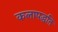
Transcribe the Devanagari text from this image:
कलापद्धति